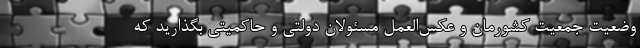
وضعیت جمعیت کشورمان و عکس‌العمل مسئولان دولتی و حاکمیتی بگذارید که